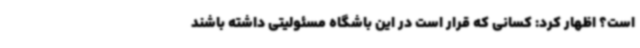
است؟ اظهار کرد: کسانی که قرار است در این باشگاه مسئولیتی داشته باشند